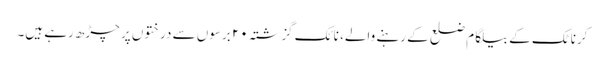
کرناٹک کے بیلگام ضلع کے رہنے والے، نائک گزشتہ ۲۰ برسوں سے درختوں پر چڑھ رہے ہیں۔